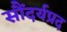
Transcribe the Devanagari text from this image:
सौंदर्यप्रद